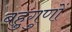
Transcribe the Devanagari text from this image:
बहुगुणों